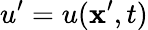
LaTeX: u^{\prime}=u(\mathbf{x}^{\prime},t)